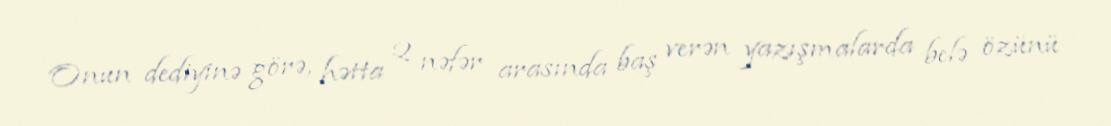
Onun dediyinə görə, hətta 2 nəfər arasında baş verən yazışmalarda belə özünü